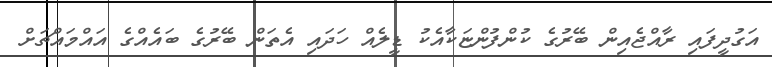
އަގުދީފައި ރާއްޖެއިން ބޭރުގެ ކުންފުންޏަކާއެކު ޑީލެއް ހަދައި އެތަން ބޭރުގެ ބައެއްގެ އައްމައްޗަށް